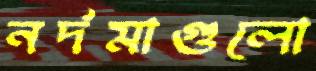
নর্দমাগুলো